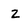
Character: z